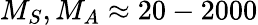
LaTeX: M_{S},M_{A}\approx 20-2000